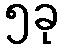
၅ခု